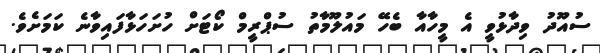
ސުއޫދު ވިދާޅުވީ އެ މީހާއާ ބެހޭ މައުލޫމާތު ސުޕްރީމް ކޯޓަށް ހުށަހަޅާފައިވާނެ ކަމަށެވެ.